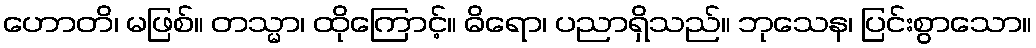
ဟောတိ၊ မဖြစ်။ တသ္မာ၊ ထိုကြောင့်။ ဓိရော၊ ပညာရှိသည်။ ဘုသေန၊ ပြင်းစွာသော။